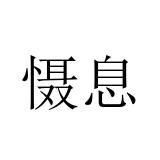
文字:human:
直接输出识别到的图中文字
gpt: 慑息